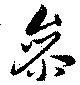
参